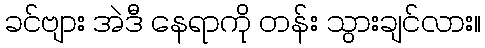
ခင်ဗျား အဲဒီ နေရာကို တန်း သွားချင်လား။